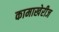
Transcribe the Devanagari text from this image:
कामाखेरीज